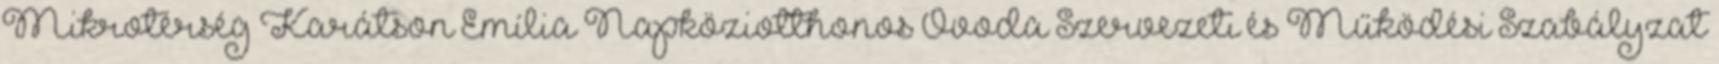
Mikrotérség Karátson Emília Napköziotthonos Óvoda Szervezeti és Működési Szabályzat